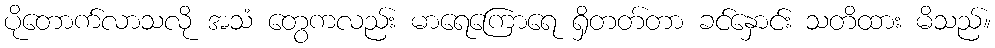
ပိုတောက်လာသလို အသံ တွေကလည်း မာရေကြောရေ ရှိတတ်တာ ခင်နှောင်း သတိထား မိသည်။